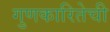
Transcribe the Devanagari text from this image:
गुणकारितेची